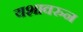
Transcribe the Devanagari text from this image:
यशावरुन